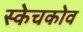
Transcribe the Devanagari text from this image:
स्केचकोव